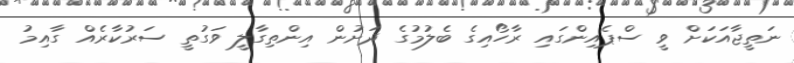
ނަތީޖާއަކަށް ވީ ސްޕެއިންގައި ރާހޯއިގެ ބެލުމުގެ ދަށުން އިންތިގާލީ ވަގުތީ ސަރުކާރެއް ގާއިމު